Eesti_Toorahva_Kommuun, lk 43
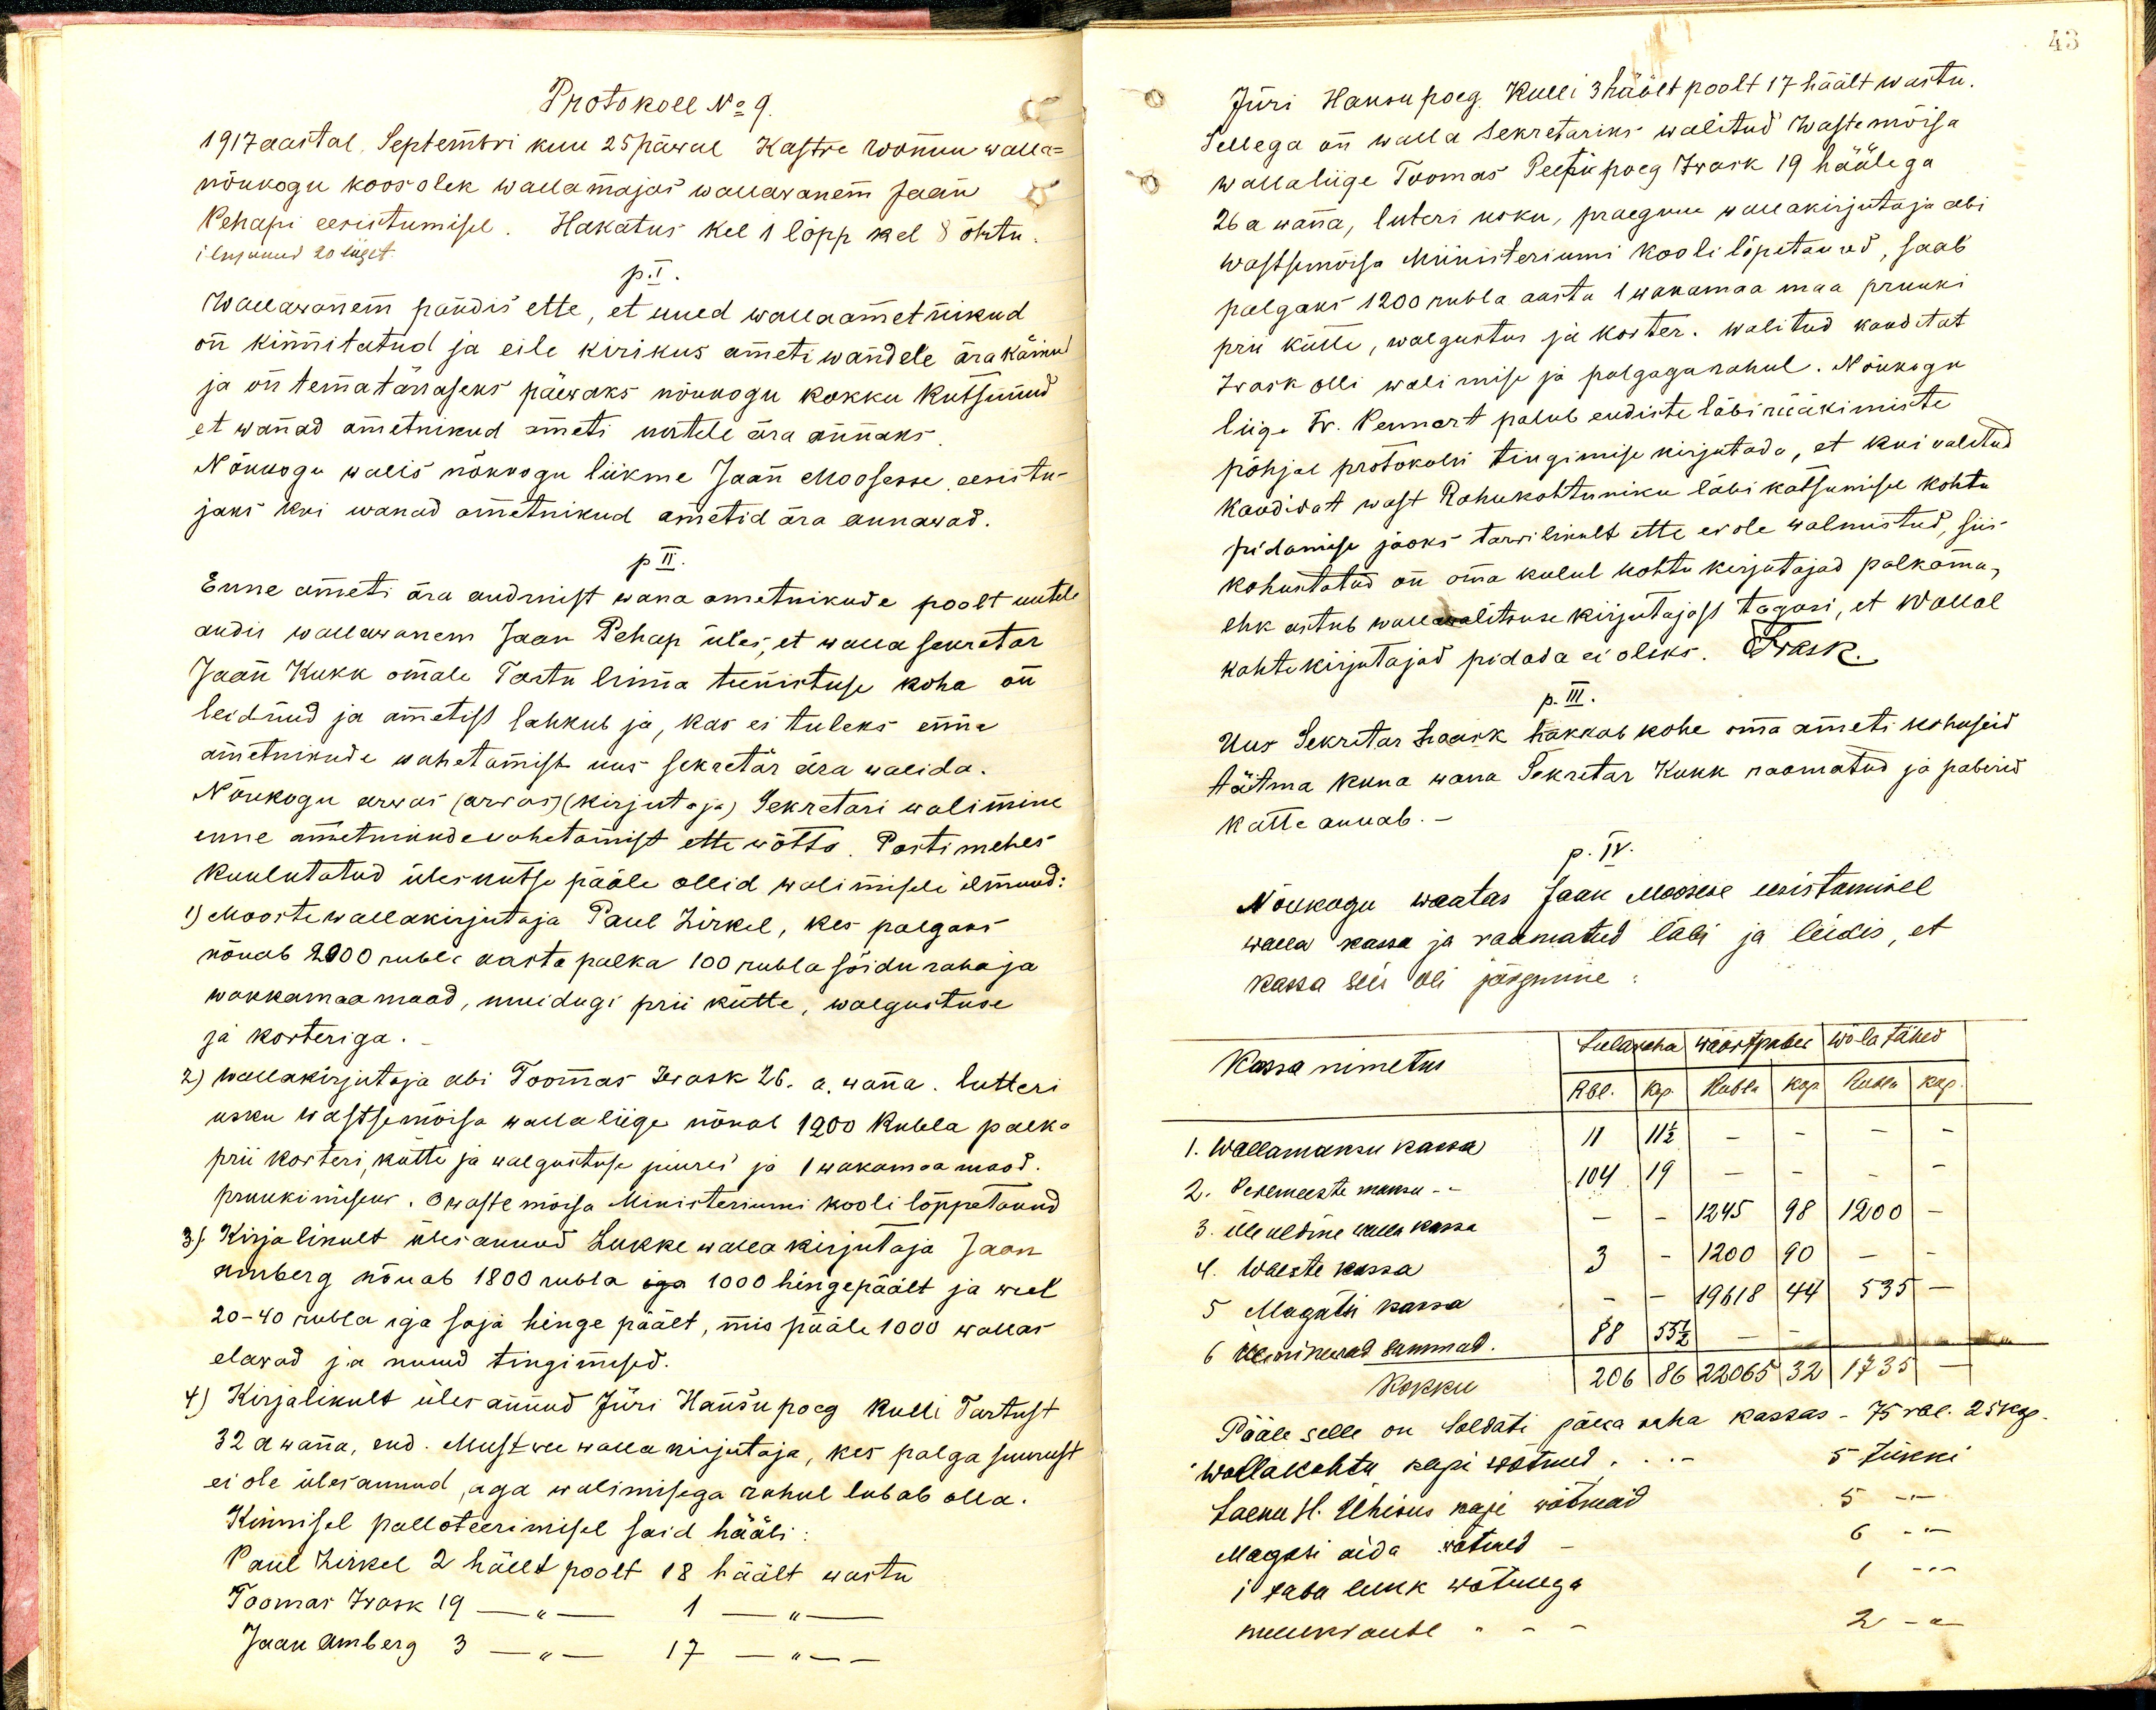
Protokoll No 9.
1917 aastal, Septembri kuu 25 päwal Kastre Wõnnu walla-
nõukogu koosolek wallamajas wallawanem Jaan
Pehapi eesistumisel. Hakatus kel 1 lõpp kel 8 õhtu.
ilmunud 20 liiget
p.I.
Wallawanem pandis ette, et uued wallaametnikud
on kinnitatud ja eile kirikus ametiwandele ära käinud
ja on tema tänaseks päewaks nõukogu kokku kutsunud
et wanad ametnikud ameti uutele ära annaks
Nõukogu walis nõukogu liikme Jaan Moosesse eesistu-
jaks kui wanad ametnikud ametid ära annawad.
p II.
Enne ameti ära andmist wana ametnikude poolt uutele
andis wallawanem Jaan Pehap üles, et walla sekretar
Jaan Kukk omale Tartu linna teenistuse koha on
leidnud ja ametist lahkub ja, kas ei tuleks enne
ametnikude wahetamist uus sekretär ära walida.
Nõukogu arwas (arwas) (kirjutaja) Sekretari walimine
enne ametnikude wahetamist ette wõtta. Postimehes
kuulutatud üleskutse pääle ollid walimisele ilmund:
1) Mooste wallakirjutaja Paul Zirkel, kes palgaks
nõuab 2000 rubla aasta palka 100 rubla sõiduraha ja
wakkamaa maad, muidugi prii kütte, walgustuse
ja korteriga.
2) Wallakirjutaja abi Toomas Iwask 26. a. wana. lutteri
usku Wastse mõisa wallaliige nõuab 1200 Rubla palka
prii korteri, kütte ja walgustuse juures ja 1 wakamaa maad
pruukimiseks. Auaste mõisa Ministeriumi kooli lõppetanud
3). Kirjalikult üles annud Lukke walla kirjutaja Jaan
Amberg nõuab 1800 rubla iga 1000 hingepäält ja weel
20-40 rubla iga saja hinge päält, mis pääle 1000 wallas,
elawad ja nüüd tingimised.
4) Kirjalikult üles annud Jüri Hansu poeg Kulli Tartust
32 a wana, end. Mustwee walla kirjutaja, kes palga suurust
ei ole ülesannud, aga walimisega rahul lubab olla.
Kinnisel palloteerimisel said hääli
Paul Zirkel 2 häelt poolt 18 häält wastu
Toomas Iwask 19 häelt poolt 1 häält wastu
Jaan Amberg 3 häelt poolt 17 häält wastu

43
Jüri Hansu poeg Kulli 3 häält poolt 17 häält wastu.
Sellega on walla sekretariks walitud Waste mõisa
wallaliige Toomas Peetri poeg Iwask 19 häälega
26 a wana, luteri usku, praegune wallakirjutaja abi
Wastsemõisa Ministeriumi kooli lõpetanud, saab
palgaks 1200 rubla aasta 1 wakamaa maa pruuki
prii kütte, walgustus ja korter. Walitud kanditat
Iwask olli walimise ja palgaga rahul. Nõukogu
liige Fr. Pennart palub endiste läbi rääkimiste
põhjal protokolli tingimise kirjutada, et kui walitud
kandidat wast Rahukohtuniku läbi katsumisel kohtu
pidamise jaoks tarwilikult ette ei ole walmistud, siis
kohustatud on oma kulul kohtu kirjutajad palkama,
ehk astub wallawalitsuse kirjutajast tagasi, et wallal
kohtukirjutajad pidada ei oleks. Iwask
p. III.
Uus Sekretar haark hakkab kohe oma ameti kohuseid
täitma kuna wana Sekretar Kukk raamatud ja paberid
kätte annab.-
p. IV.
Nõukogu waatas Jaan Moosese eesistumisel
walla kassa ja raamatud läbi ja leidis, et
kassa sees oli järgmine:
Kassa nimetus
Sularaha wäärtpaber wõla tähed
Rbl. kop. Rubla kop. Rubla kop.
1. Wallamaksu kassa
11
11 1/2
2. Peremeeste maksu -
104
19
3. Üleüldine walla kassa
1245
98
1200
4. Waeste kassa
3 - 1200 90 - -
5 Magatsi kassa
19618 44 535 -
6 Üleminekud summas.
88
55 1/2
Kokku
206 86 22065 32 1735
Pääle selle on Soldati päewa raha kassas - 75 rbl. 25 kop.
Wallakohtu kapi wõtmed... - 5 tükki
Laenu H. Ühisus kapi wõtmed 5 tükki
Magasi aida wõtmed -  6 tükki
ja taba lukk wõtmega 1 tükki
muurimise - - - 2 tükki